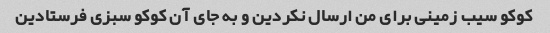
کوکو سیب زمینی برای من ارسال نکردین و به جای آن کوکو سبزی فرستادین